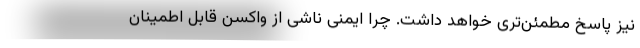
نیز پاسخ مطمئن‌تری خواهد داشت. چرا ایمنی ناشی از واکسن قابل اطمینان